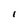
Character: I